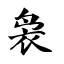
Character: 袅